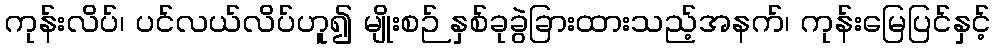
ကုန်းလိပ်၊ ပင်လယ်လိပ်ဟူ၍ မျိုးစဉ် နှစ်ခုခွဲခြားထားသည့်အနက်၊ ကုန်းမြေပြင်နှင့်